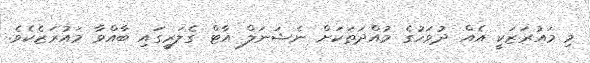
މި މައުރަޒަކީ އެއް ދުވަހުގެ މުއްދަތަކަށް ނެޝަނަލް އާޓް ގެލަރީގައި ބާއްވާ މައުރަޒެކެވެ.